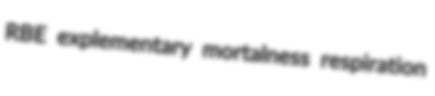
RBE explementary mortalness respiration